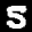
Label: 5